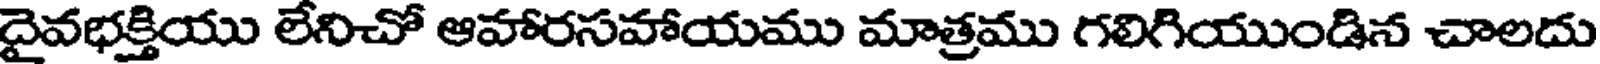
దైవభక్తియు లేనిచో ఆహారసహాయము మాత్రము గలిగియుండిన చాలదు